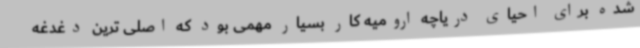
شده برای احیای دریاچه ارومیه کار بسیار مهمی بود که اصلی ترین دغدغه